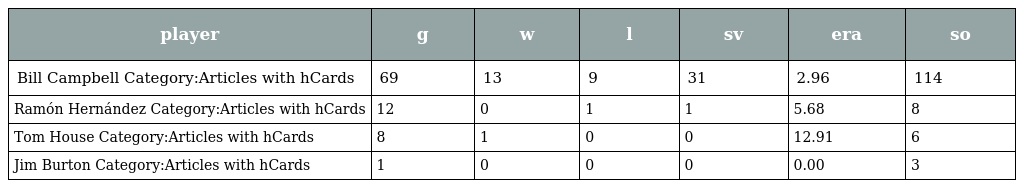
| player | g | w | l | sv | era | so |
 | --- | --- | --- | --- | --- | --- | --- |
 | Bill Campbell Category:Articles with hCards | 69 | 13 | 9 | 31 | 2.96 | 114 |
 | Ramón Hernández Category:Articles with hCards | 12 | 0 | 1 | 1 | 5.68 | 8 |
 | Tom House Category:Articles with hCards | 8 | 1 | 0 | 0 | 12.91 | 6 |
 | Jim Burton Category:Articles with hCards | 1 | 0 | 0 | 0 | 0.00 | 3 |